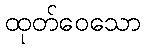
ထုတ်ဝေသော